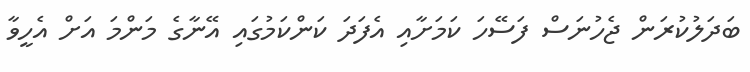
ބަދަލުކުރަން ޖެހުނަސް ފަސޭހަ ކަމަށާއި އެފަދަ ކަންކަމުގައި އޭނާގެ މަންމަ އަށް އެހީވާ